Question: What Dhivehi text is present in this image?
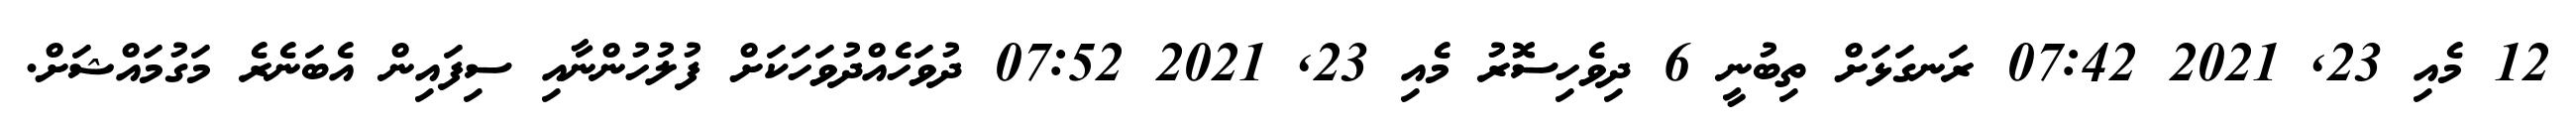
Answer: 12 މެއި 23, 2021 07:42 ރަނގަޅަށް ތިބުނީ 6 ދިވެހިސޮރު މެއި 23, 2021 07:52 ދުވަހެއްދުވަހަކަށް ފުލުހުންނާއި ސިފައިން އެބަނެރެ މަގުމައްޝަށް.